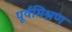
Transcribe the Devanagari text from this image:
पूर्वमिश्रण